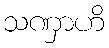
သဏှာဟိ